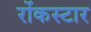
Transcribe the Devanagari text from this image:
रोंकस्टार